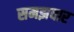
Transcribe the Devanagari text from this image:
समझवार